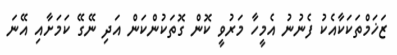
ޒަޚަމްތަކަކާއެކު ފެނުނު އެމީހާ މަރުވީ ކޮން ގޮތަކުންކަން އަދި ނޭގޭ ކަމަށާއި އޭނަ